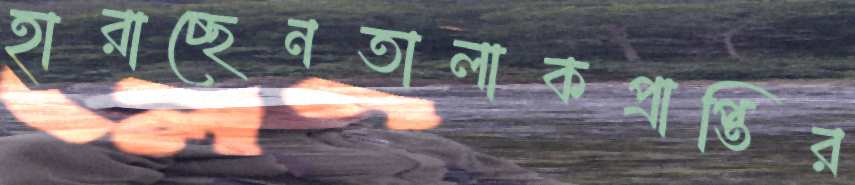
হারাচ্ছেনতালাকপ্রাপ্তির